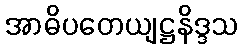
အာဓိပတေယျဋ္ဌနိဒ္ဒသ